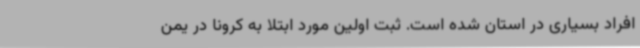
افراد بسیاری در استان شده است. ثبت اولین مورد ابتلا به کرونا در یمن